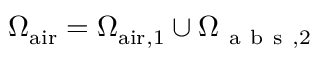
\Omega _ { \mathrm { a i r } } = \Omega _ { \mathrm { a i r } , 1 } \cup \Omega _ { \mathrm { ~ a ~ b ~ s ~ } , 2 }